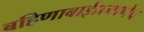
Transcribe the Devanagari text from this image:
बहिणाबाईप्रमाणेच